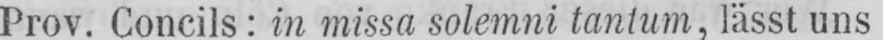
Prov. Concils: in missa solemni tantum, lässt uns